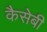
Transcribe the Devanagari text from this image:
कैसेबी